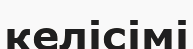
келісімі